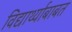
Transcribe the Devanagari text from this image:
विद्यार्थ्याबाबत